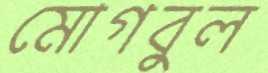
মোগবুল